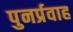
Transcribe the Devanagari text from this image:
पुनर्प्रवाह